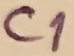
Text: C1